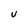
Character: U